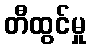
တီထွင်မှု